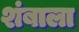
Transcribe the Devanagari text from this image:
शंबाला